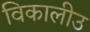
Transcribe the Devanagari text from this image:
विकालीउ